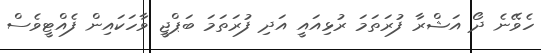
ހެވޭނެ ދޯ އަޝްރާ ފުރަތަމަ ރުޅިއައީ އަދި ފުރަތަމަ ބަޕްޖީ ވާހަކައިން ފެއްޓީވެސް